Civil Veterinary Dept. Bombay admin report 1932-41 - 1932-1941
Year: 1932
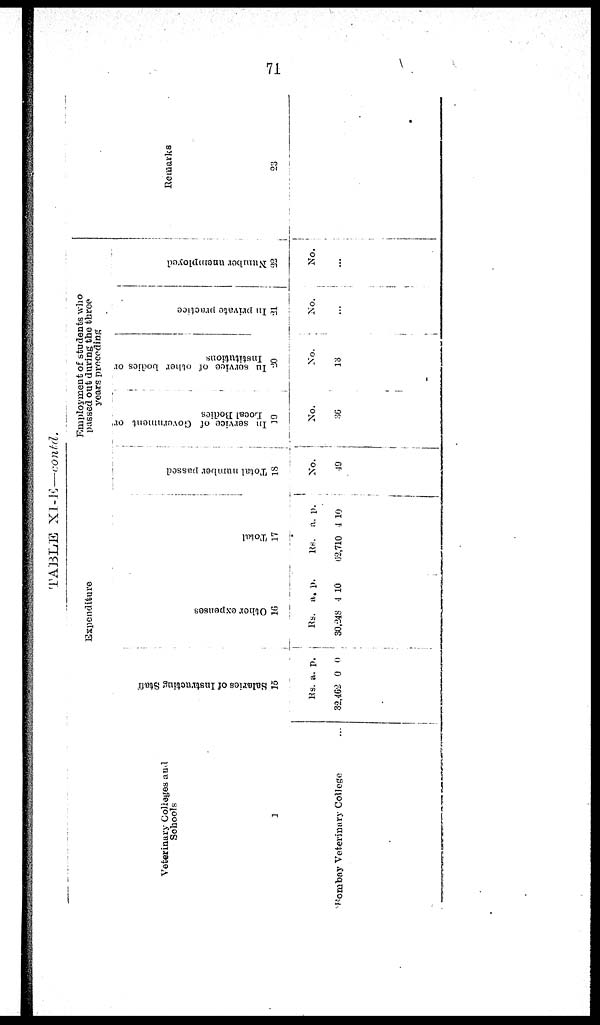
71
TABLE XI-E—contd.
Veterinary Collages and
Schools
1
Bombay Veterinary College ...
Expenditure
Salaries of I ns t
r uct i
ng Staff
15
Rs.
32,462
a.
0
p.
0
Ot her expenses
16
Rs.
30,348
a.
4
p.
10
Tot al
17
Rs.
62,710
a.
4
p.
10
Employment of students who
passed out during the three
years preceding
Total number passed
18
No.
49
In service of Government or
Local Bodies
19
No
36
In
service
of other bodies or
Institutions
20
No.
13
In private practice
21
No.
...
Number unemployed
22
No.
...
Remarks
23